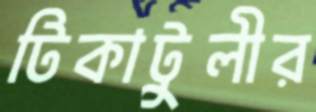
টিকাটুলীর